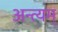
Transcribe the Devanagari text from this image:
अन्त्यम्